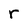
Character: r